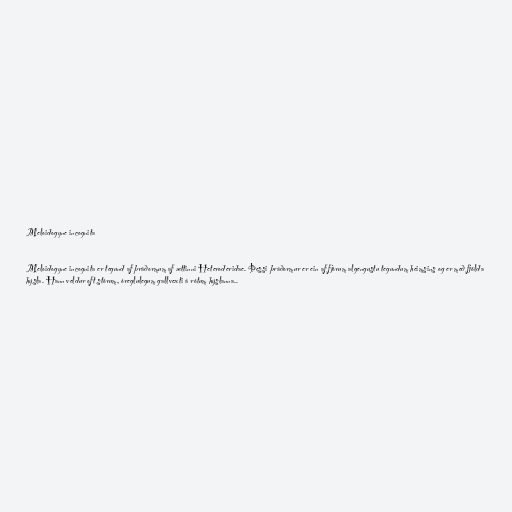
Meloidogyne incognita

Meloidogyne incognita er tegund af þráðormum af ættinni Heteroderidae. Þessi þráðormur er ein af fjórum algengustu tegundum heimsins og er með fjölda
hýsla. Hann veldur oft stórum, óreglulegum gallvexti á rótum hýslanna..